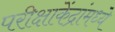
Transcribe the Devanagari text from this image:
परीक्षाकेंद्रांमध्ये